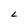
Character: L